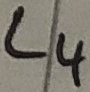
Text: L4